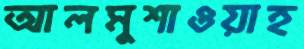
আলমুশাওয়াহ